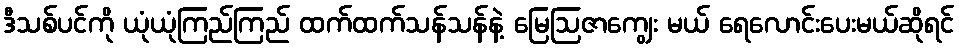
ဒီသစ်ပင်ကို ယုံယုံကြည်ကြည် ထက်ထက်သန်သန်နဲ့ မြေဩဇာကျွေး မယ် ရေလောင်းပေးမယ်ဆိုရင်